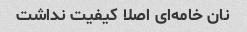
نان خامه‌ای اصلا کیفیت نداشت